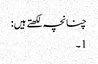
چنانچہ لکھتے ہیں:
1۔